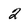
Character: 2